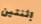
إثنتين